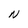
Character: N